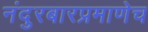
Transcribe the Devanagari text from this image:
नंदुरबारप्रमाणेच